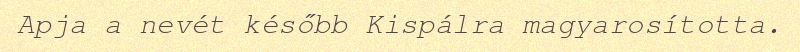
Apja a nevét később Kispálra magyarosította.